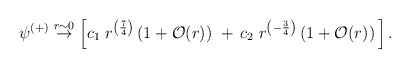
\begin{align*}\psi^{(+)} \stackrel{r\sim 0}{\rightarrow} \left[c_1\;r^{\left({7\over 4}\right)}\left(1+{\cal O}(r)\right)\,\,+\,c_2\;r^{\left(-{3\over 4}\right)}\left(1+{\cal O}(r)\right)\,\right].\end{align*}